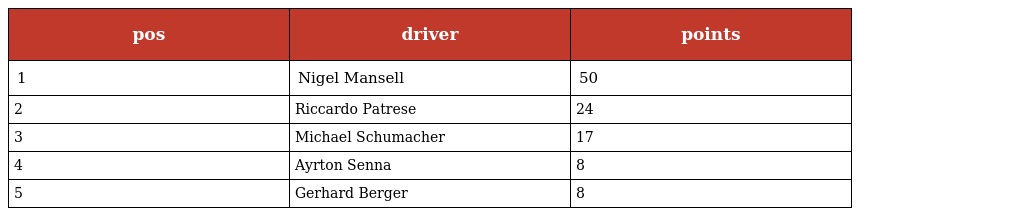
| pos | driver | points |
 | --- | --- | --- |
 | 1 | Nigel Mansell | 50 |
 | 2 | Riccardo Patrese | 24 |
 | 3 | Michael Schumacher | 17 |
 | 4 | Ayrton Senna | 8 |
 | 5 | Gerhard Berger | 8 |